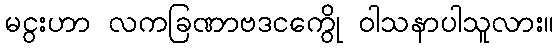
မငွးဟာ လကခြဏာဗဒငကွေို ဝါသနာပါသူလား။